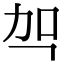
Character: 㔖